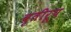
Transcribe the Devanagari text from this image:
वृतीरूप